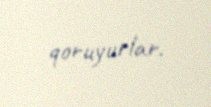
qoruyurlar.